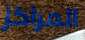
المراكز